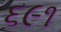
૬૯૧